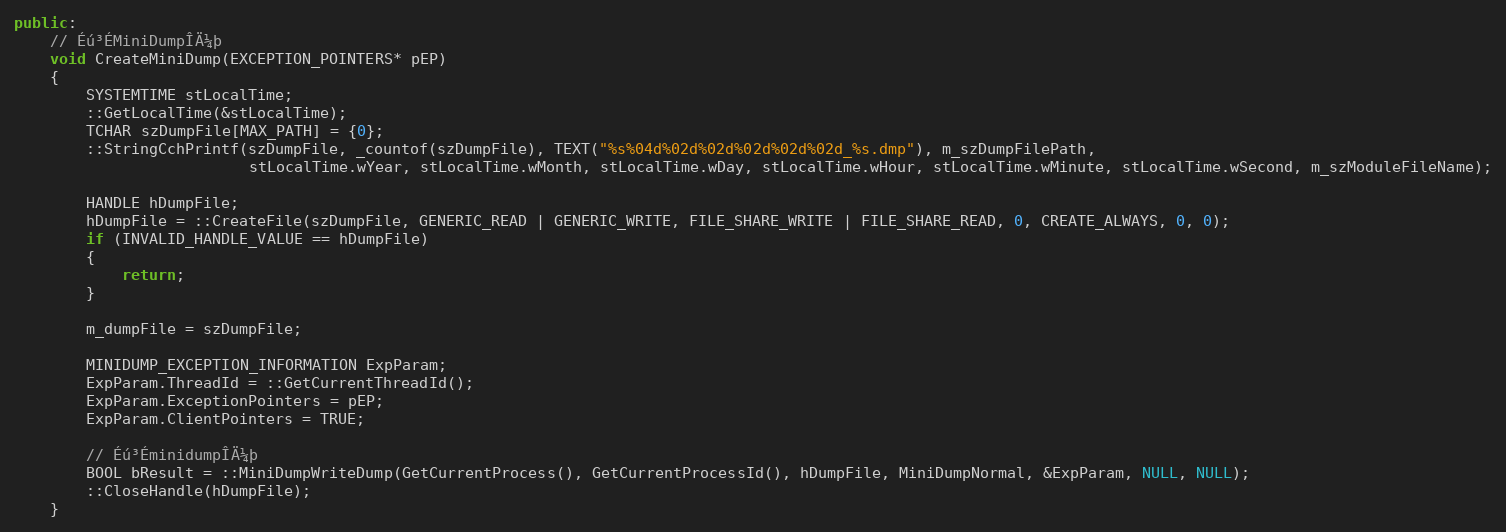
Language: C++
public:
    // Éú³ÉMiniDumpÎÄ¼þ
    void CreateMiniDump(EXCEPTION_POINTERS* pEP)
    {
        SYSTEMTIME stLocalTime;
        ::GetLocalTime(&stLocalTime);
        TCHAR szDumpFile[MAX_PATH] = {0};
        ::StringCchPrintf(szDumpFile, _countof(szDumpFile), TEXT("%s%04d%02d%02d%02d%02d%02d_%s.dmp"), m_szDumpFilePath,
                          stLocalTime.wYear, stLocalTime.wMonth, stLocalTime.wDay, stLocalTime.wHour, stLocalTime.wMinute, stLocalTime.wSecond, m_szModuleFileName);

        HANDLE hDumpFile;
        hDumpFile = ::CreateFile(szDumpFile, GENERIC_READ | GENERIC_WRITE, FILE_SHARE_WRITE | FILE_SHARE_READ, 0, CREATE_ALWAYS, 0, 0);
        if (INVALID_HANDLE_VALUE == hDumpFile)
        {
            return;
        }

		m_dumpFile = szDumpFile;

        MINIDUMP_EXCEPTION_INFORMATION ExpParam;
        ExpParam.ThreadId = ::GetCurrentThreadId();
        ExpParam.ExceptionPointers = pEP;
        ExpParam.ClientPointers = TRUE;

        // Éú³ÉminidumpÎÄ¼þ
        BOOL bResult = ::MiniDumpWriteDump(GetCurrentProcess(), GetCurrentProcessId(), hDumpFile, MiniDumpNormal, &ExpParam, NULL, NULL);
        ::CloseHandle(hDumpFile);
    }